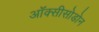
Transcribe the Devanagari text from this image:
ऑक्सीसोडोन